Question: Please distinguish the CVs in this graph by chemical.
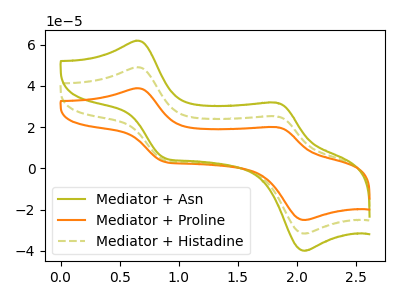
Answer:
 <answer>The olive curve is labeled "Mediator + Asn". The orange curve is labeled "Mediator + Proline". The olive dashed curve is labeled "Mediator + Histadine".</answer>
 <eval></eval>